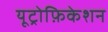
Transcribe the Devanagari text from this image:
यूट्रोफ़िकेशन